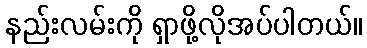
နည်းလမ်းကို ရှာဖို့လိုအပ်ပါတယ်။